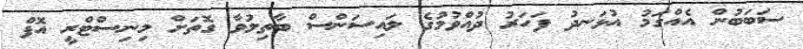
ސަބަބުން އެއްގަމު އުޅަނދު ފަހަރު ދުއްވުމުގެ ލައިސަންސް ބާތިލުވާ ގޮތަށް މިނިސްޓްރީ އޮފް